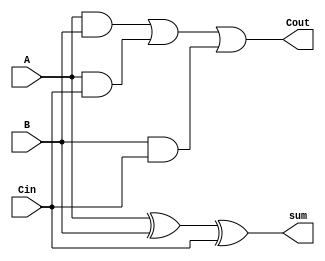
module FA (input A,
           input B,
           input Cin,
           output sum,
           output Cout);

assign sum = A^B^Cin;
assign Cout = (A & B)| (A & Cin) | (B & Cin);

endmodule


module CLA_Logic (input [3:0]A,
                  input [3:0]B,
                  input  C0,
                  output C1,
                  output C2,
                  output C3,
                  output C4);

wire G0, G1, G2, G3; 
wire P0, P1, P2, P3;

assign G0 = A[0] & B[0];
assign P0 = A[0] ^ B[0];
assign G1 = A[1] & B[1];
assign P1 = A[1] ^ B[1];
assign G2 = A[2] & B[2];
assign P2 = A[2] ^ B[2];
assign G3 = A[3] & B[3];
assign P3 = A[3] ^ B[3];


assign C1 = G0 | (P0 & C0);
assign C2 = G1 | (P1 & G0) | (P1 & P0 & C0);
assign C3 = G2 | (P2 & G1) | (P2 & P1 & G0) | (P2 & P1 & P0 & C0);
assign C4 = G3 | (P3 & G2) | (P3 & P2 & G1) | (P3 & P2 & P1 & G0) | (P3 & P2 & P1 & P0 & C0);
endmodule


module top_4bit_CLA( input [3:0]A,
                     input [3:0]B,
                     input Cin,
                     output [3:0]sum,
                     output Cout);

wire C1, C2, C3, C4;

FA A0 (.A(A[0]), .B(B[0]), .Cin(Cin), .sum(sum[0]));
FA A1 (.A(A[1]), .B(B[1]), .Cin(C1), .sum(sum[1]));
FA A2 (.A(A[2]), .B(B[2]), .Cin(C2), .sum(sum[2]));
FA A3 (.A(A[3]), .B(B[3]), .Cin(C3), .sum(sum[3]));

CLA_Logic CLA (.A(A), .B(B), .C0(Cin), .C1(C1), .C2(C2), .C3(C3), .C4(Cout));


endmodule